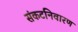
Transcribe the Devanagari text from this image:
संकटनिवारण